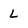
Character: L